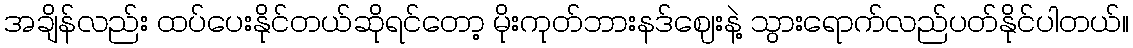
အချိန်လည်း ထပ်ပေးနိုင်တယ်ဆိုရင်တော့ မိုးကုတ်ဘားနဒ်ဈေးနဲ့ သွားရောက်လည်ပတ်နိုင်ပါတယ်။